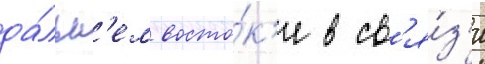
да́льн'ем восто́к'е в св'я́з'и